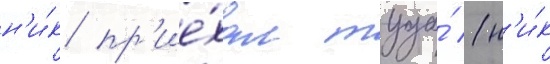
н'и́к пр'ие́хал туда́ (н'и́к